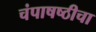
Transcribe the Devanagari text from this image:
चंपाषष्ठीचा